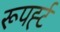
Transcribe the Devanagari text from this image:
रूपर्ह्ट